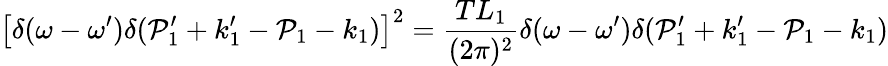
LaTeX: \left[\delta(\omega-\omega^{\prime})\delta(\mathcal{P}_{1}^{\prime}+k_{1}^{\prime}-\mathcal{P}_{1}-k_{1})\right]^{2}={\frac{{TL_{1}}}{{(2\pi)^{2}}}}\delta(\omega-\omega^{\prime})\delta(\mathcal{P}_{1}^{\prime}+k_{1}^{\prime}-\mathcal{P}_{1}-k_{1})